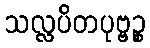
သလ္လပိတပုဗ္ဗဉ္စ